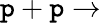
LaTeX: \mathtt{p}+\mathtt{p}\to